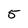
Character: 5